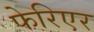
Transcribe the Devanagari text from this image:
फेरिएर